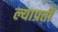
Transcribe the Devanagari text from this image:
ल्याप्रती